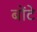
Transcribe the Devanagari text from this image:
बोंटे